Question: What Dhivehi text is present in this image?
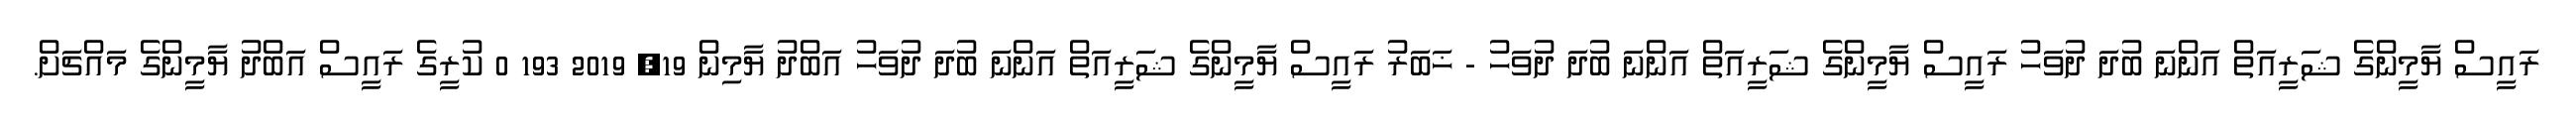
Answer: ރައީސް ޔާމީންގެ ޝަރީއަތް އަންނަ ބުދަ ދުވަހު ރައީސް ޔާމީންގެ ޝަރީއަތް އަންނަ ބުދަ ދުވަހު - ޚަބަރު ރައީސް ޔާމީންގެ ޝަރީއަތް އަންނަ ބުދަ ދުވަހު އަބްދު ޔާމިން 19, 2019 193 0 ކުރީގެ ރައީސް އަބްދު ޔާމީންގެ މައްޗަށް.